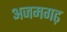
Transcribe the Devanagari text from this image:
अजमगढ़